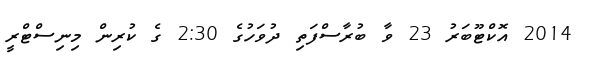
2014 އޮކްޓޫބަރު 23 ވާ ބުރާސްފަތި ދުވަހުގެ 2:30 ގެ ކުރިން މިނިސްޓްރީ